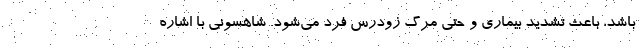
باشد، باعث تشدید بیماری و حتی مرگ زودرس فرد می‌شود. شاهسونی با اشاره